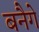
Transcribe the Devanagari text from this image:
बनैगे